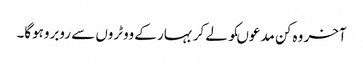
آخر وہ کن مدعوںکو لے کر بہار کے ووٹروں سے روبروہوگا۔